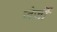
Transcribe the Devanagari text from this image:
जेर्ज़ी